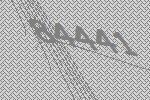
84441